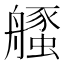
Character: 𱽃